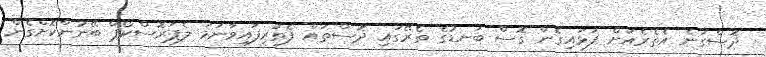
ދޮސްގަނެ އެތެރެއަށް ފަޅައިގެން ގޮސް ބަނޑުގެ ތެރޭގައި ދޮސްތައް ފެތުރިފައިވާނަމަ ލެޕަރޮސްކޯޕް ބޭނުންކޮށްގެން